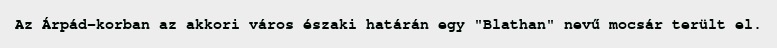
Az Árpád-korban az akkori város északi határán egy "Blathan" nevű mocsár terült el.